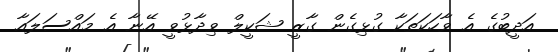
އަދީބުގެ އެ ވާހަކަތަކާ ގުޅިގެން ގާޒީ ޝަކީލް ވިދާޅުވީ އޭނާ އެ މައްސަލައާ